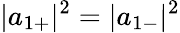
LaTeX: |a_{1+}|^{2}=|a_{1-}|^{2}